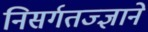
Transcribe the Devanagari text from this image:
निसर्गतज्‍ज्ञाने